Senior Leaving Certificate Examination (including Day School Certificate (Higher) General paper), 1946
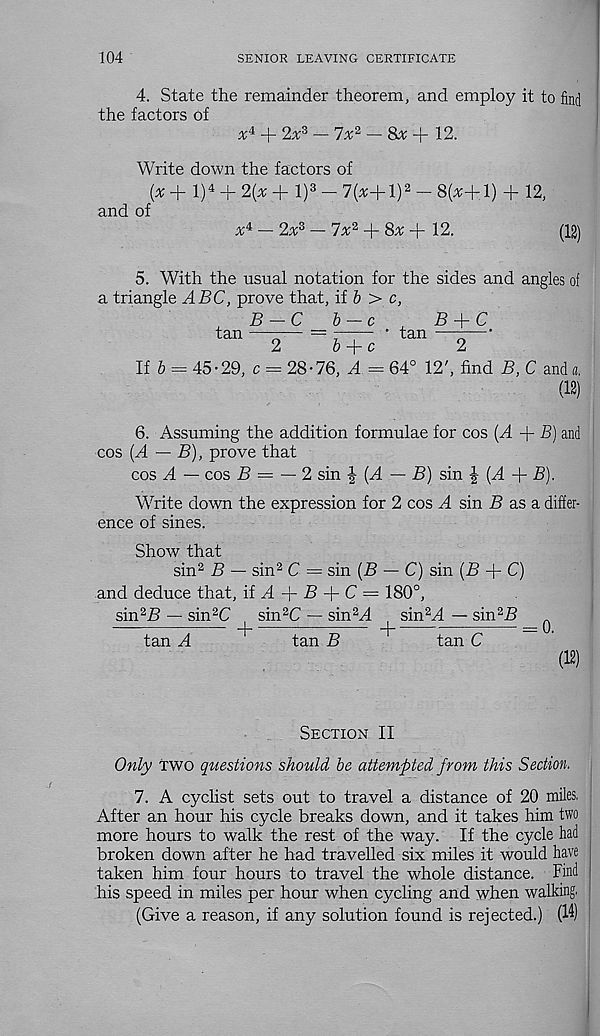
104
SENIOR LEAVING CERTIFICATE
4. State the remainder theorem, and employ it to find
the factors of
* 4 + 2* 3 - 7* 2 - 8* + 12.
Write down the factors of
(x + l) 4 + 2(x + l) 3 - 7(s+l) 2 - 8(^+1) + 12,
and of
x* — 2x z — 7^2 + 8^ + 12.
(12)
5. With the usual notation for the sides and angles of
a triangle ABC, prove that, if & > c,
B — C
b — c
,
B
C
tan —--— = 5
’ tan —-—
2
6 + c
2
If 6 = 45-29, c = 28-76, A = 64° 12', find B, C and a,
(12)
6. Assuming the addition formulae for cos (A + B) and
cos [A — B), prove that
cos A — cos B = —2 sin % (A — B) sin (A + B).
Write down the expression for 2 cos A sin B as a differ-
ence of sines.
Show that
sin 2 B — sin 2 C — sin [B — C) sin (B -f- C)
and deduce that, if A -f- £> + C = 180°,
sin 2 A — sin 2 C
sin 2 C — sin 2 A
sin 2 A — sin 2 B
^
tan A
tan B
tan C
(12)
Section II
Only two questions should be attempted from this Section.
7. A cyclist sets out to travel a distance of 20 miles,
After an hour his cycle breaks down, and it takes him two
more hours to walk the rest of the way. If the cycle had
broken down after he had travelled six miles it would have
taken him four hours to travel the whole distance. Find
his speed in miles per hour when cycling and when walking,
(Give a reason, if any solution found is rejected.) (14)